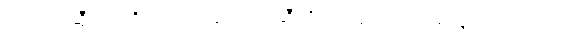
ဖရင့်က ဆွီလင်ကို တွဲခေါ်ရန် ရထားဆီသို့ ခပ်သုတ်သုတ် လျှောက်လာသည်။